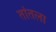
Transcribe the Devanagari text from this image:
तांतला